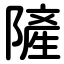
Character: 隡